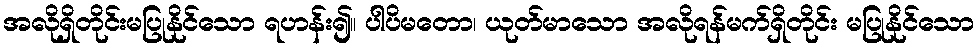
အလိုရှိတိုင်းမပြုနိုင်သော ရဟန်း၍။ ပါပိမတော၊ ယုတ်မာသော အလိုရန်မက်ရှိတိုင်း မပြုနိုင်သော